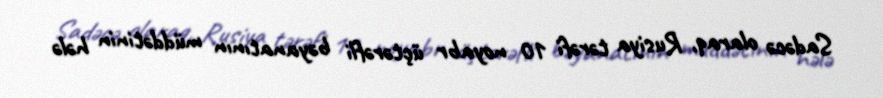
Sadəcə olaraq, Rusiya tərəfi 10 noyabr üçtərəfli bəyanatının müddətinin hələ